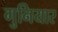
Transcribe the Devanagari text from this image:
गुनियार